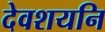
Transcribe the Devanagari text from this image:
देवशयनि